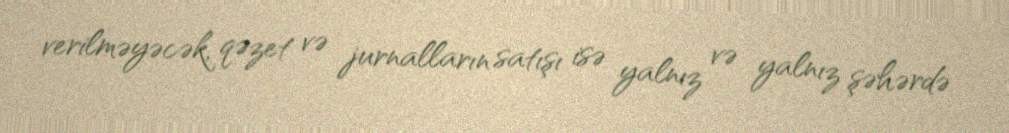
verilməyəcək, qəzet və jurnalların satışı isə yalnız və yalnız şəhərdə